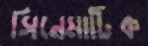
সিনেমাটিক